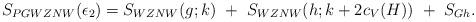
LaTeX: \begin{align*}S_{PGWZNW}(\epsilon_2)=S_{WZNW}(g;k)~+~S_{WZNW}(h;k+2c_V(H))~+~S_{Gh}.\end{align*}